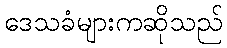
ဒေသခံများကဆိုသည်